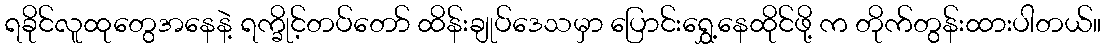
ရခိုင်လူထုတွေအနေနဲ့ ရက္ခိုင့်တပ်တော် ထိန်းချုပ်ဒေသမှာ ပြောင်းရွှေ့နေထိုင်ဖို့ က တိုက်တွန်းထားပါတယ်။